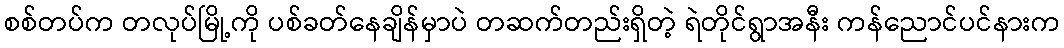
စစ်တပ်က တလုပ်မြို့ကို ပစ်ခတ်နေချိန်မှာပဲ တဆက်တည်းရှိတဲ့ ရဲတိုင်ရွာအနီး ကန်ညောင်ပင်နားက